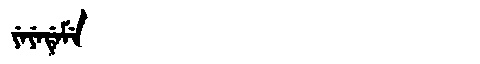
Manchu: ᠶᡝᠶᡝᡩᡝᠮᡝ
Romanization: YEYEDEME